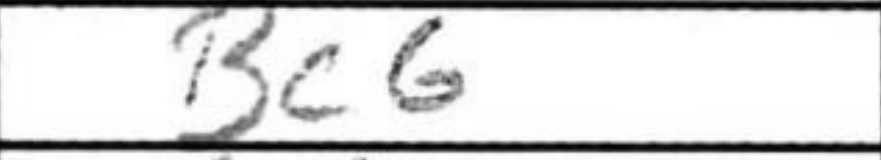
Transcription: Bc6